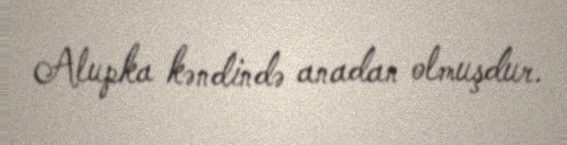
Alupka kəndində anadan olmuşdur.